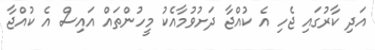
އަދި ކާރުގައި ޖެހި އެ ކުއްޖާ ދަށުވުމާއެކު މީހުންތައް އައިސް އެ ކުއްޖާ